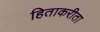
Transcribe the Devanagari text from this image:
हिताकरीता